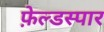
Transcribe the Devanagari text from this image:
फ़ेल्डस्पार